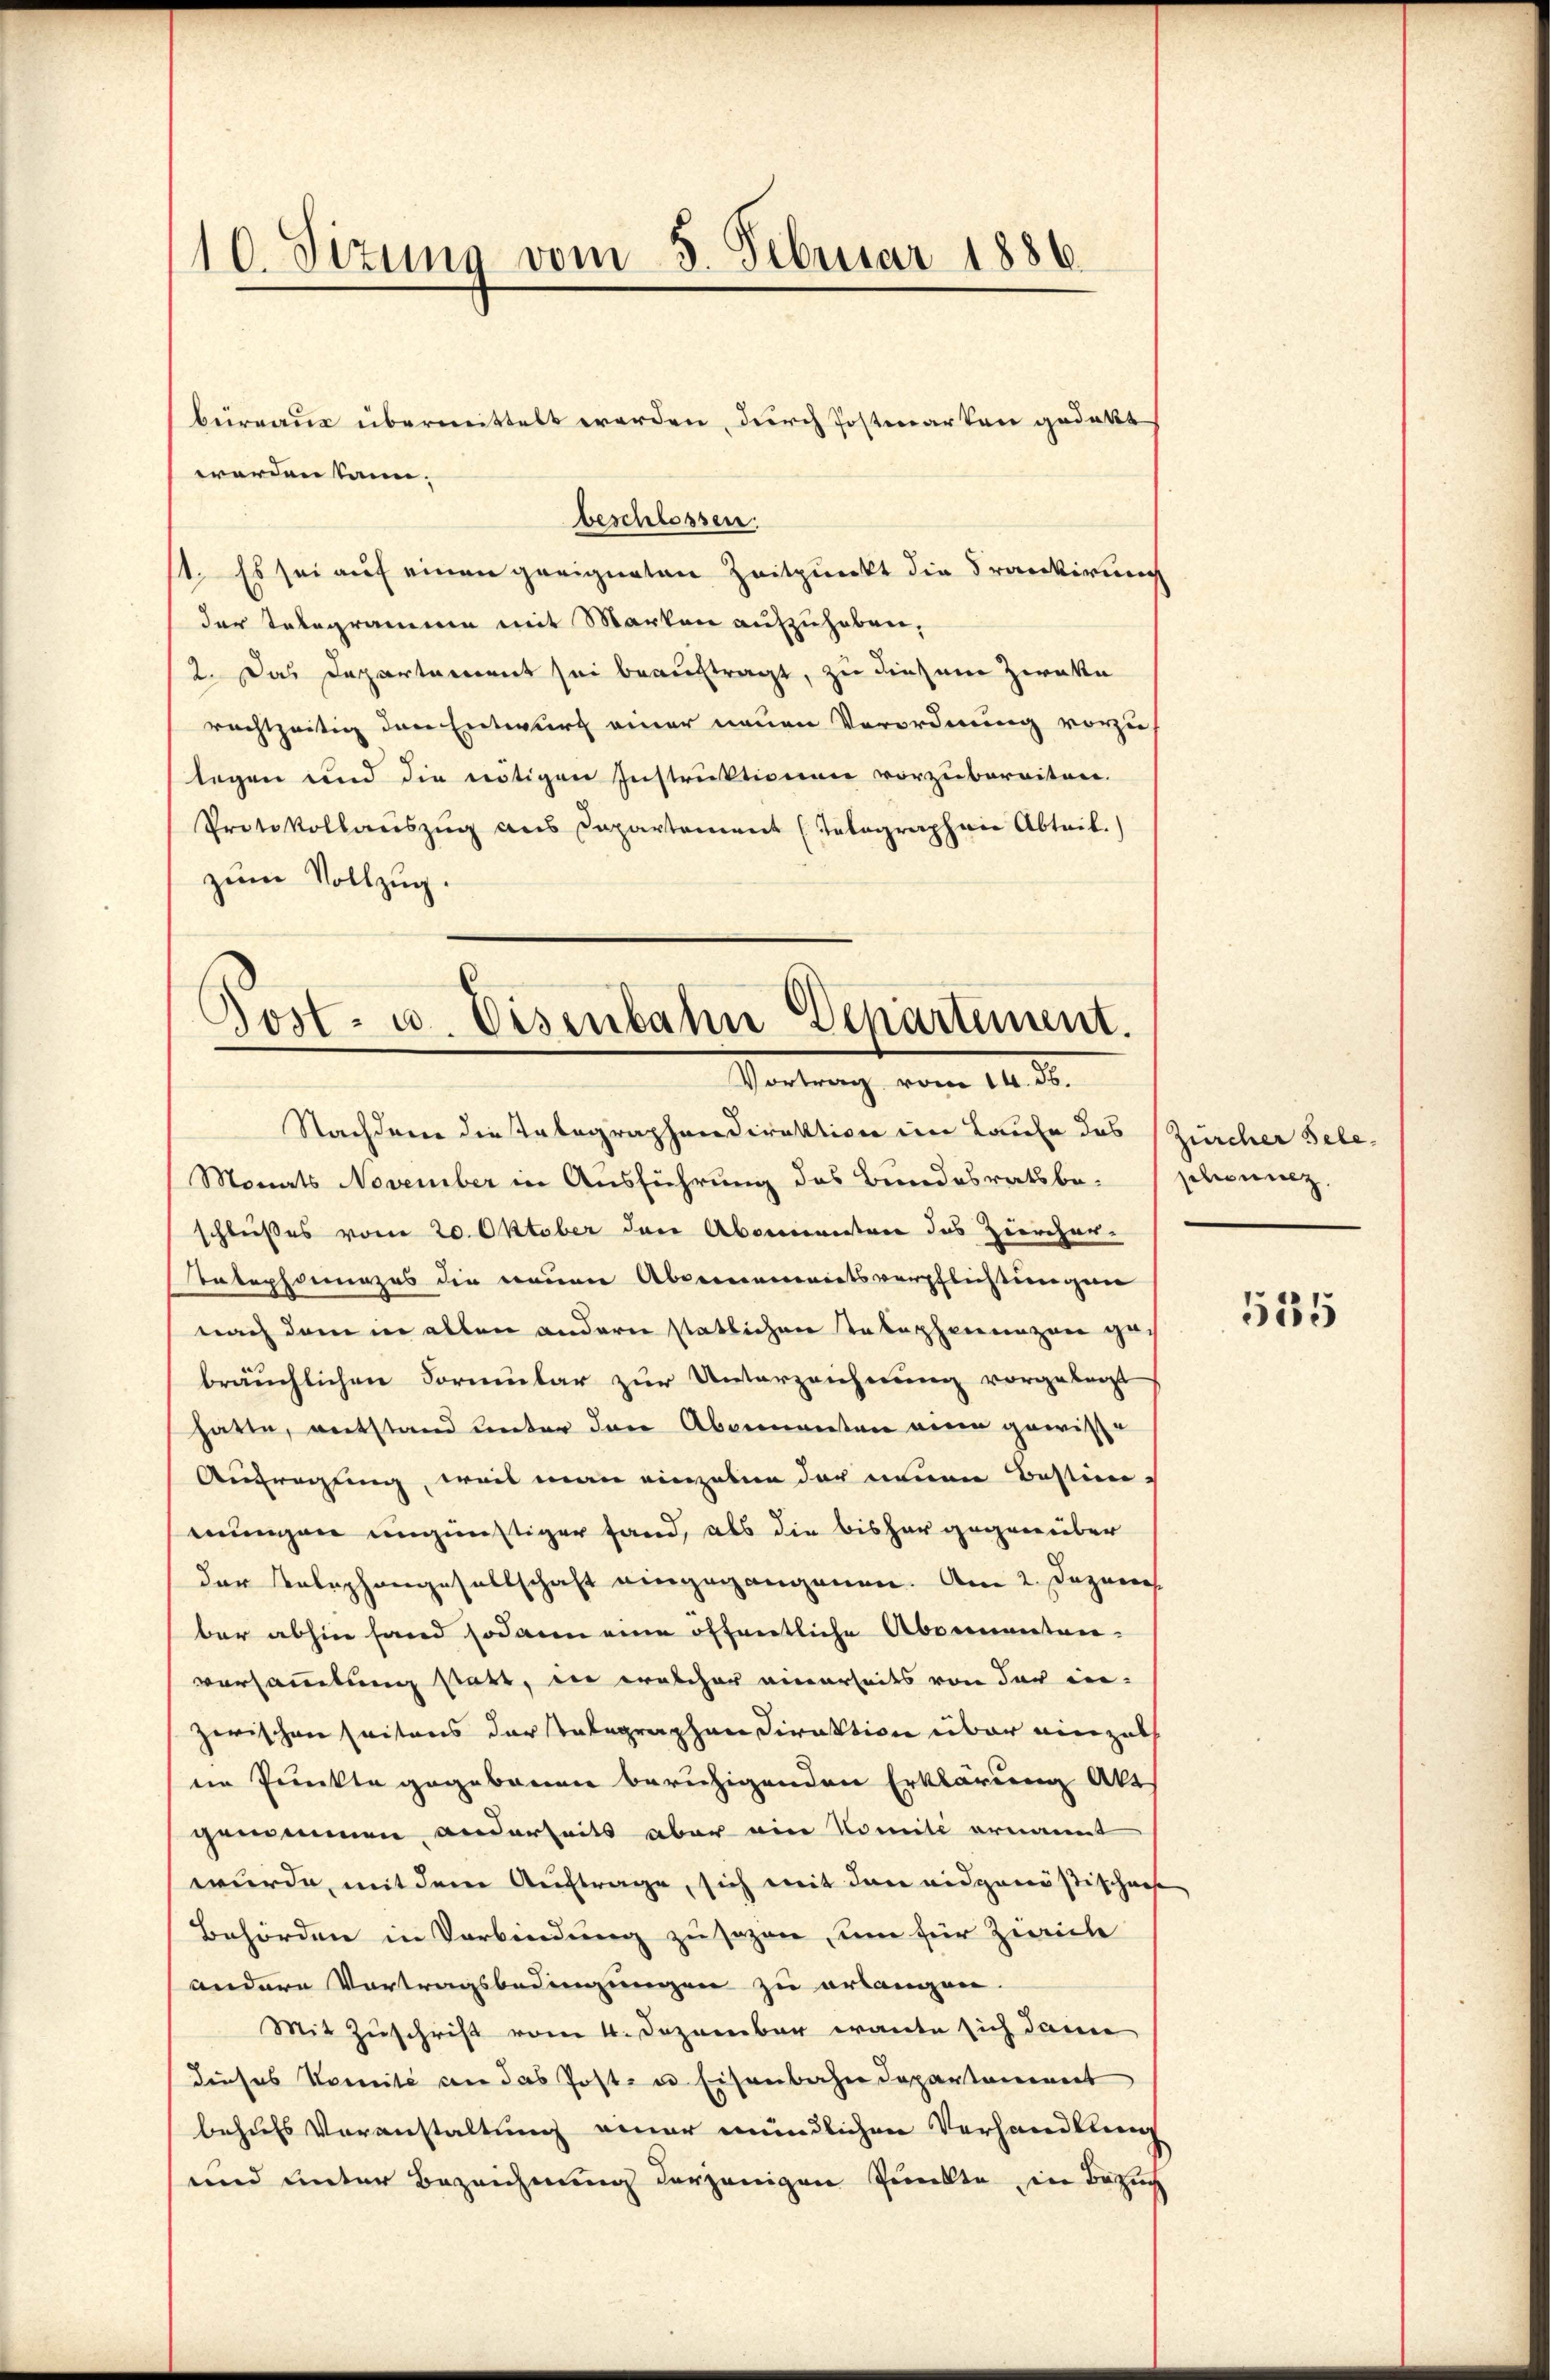
10. Sizung vom 5. Februar 1886.

worden kann.
beschlossen.
1. Es sei auf einen geeigneten Zeitpunkt die Trankirung
der Telegramme mit Marken aufzuheben,
2. Das Departement sei beauftragt, zu diesem Zweke
rechtzeitig den Entwurf einer neuen Verordnung vorzulegen und die nötigen Instruktionen vorzubereiten.
Protokollauszug aus Departement (Telographie Abteil.
zum Vollzug.

büreaus übermittelt werden, durch Postmarken gedekt

Post- u. Eisenbahn Departement.
Vortrag vom 14. ds.

Nachdem die Tabagraphendirektion im Laufe des Zürcher Sele-
Monats November in Ausführung des Bundesrathbe. Schweiz.
schlußes vom 20. Oktober den Abermanten das Ziercher-
Telephonunges die neuen Aberamentsverpflichtungen
nach dem in allen andern statlichen Telephenunzen ge-
bräuchlichen Formular zur Unterzeichnung vorgelegt
hatte, entstand unter den Abgenannten eine gewisse
Aufragling, weis man einzuben der neuen Bestimmungen ungünstiger fand, als die bisher gegenüber
der Telephongesellschaft eingegangenen. Am 2. Dezem
ber abhin fand sodann eine öffentliche Abermanten-
versammlung statt, in welcher einerseits von der in-
zerischen seitens der Salagraphen Direktion über einzul
in Punkte gegebenen beruhigenden Erklärung Akt
genommen anderseits aber ein Comite ernannt
wurde, mit dem Auftrage, sich mit den eidgenößischens
Behörden in Verbindung zu sezen, um für Zirich
andere Vortragsbedingungen zu erlangen.
Mit Zuschrift vom 4. Dezember warte sich dann
dieses Komité an das Posten Eisenbahndepartement
behufs Voranstaltung einer mündlichen Verhandlung
und unter Bezeichnung derjenigen Punkte in Besuch

535